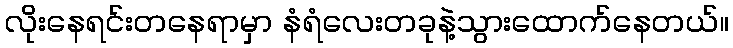
လိုးနေရင်းတနေရာမှာ နံရံလေးတခုနဲ့သွားထောက်နေတယ်။